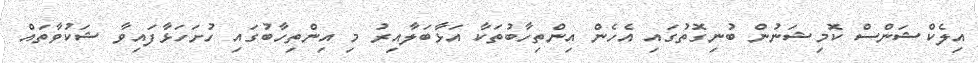
އިލެކްޝަންސް ކޮމިޝަނުން ބުނިގޮތުގައި އެހެން އިންތިހާބުތަކާ އަޅާބަލާއިރު މި އިންތިހާބުގައި ހުށަހަޅާފައިވާ ޝަކުވާތައް